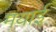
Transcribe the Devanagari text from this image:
मयाई